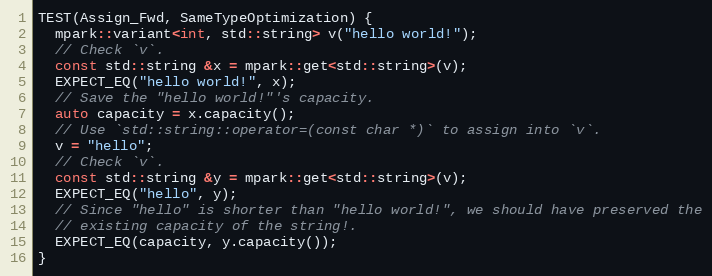
Language: C++
TEST(Assign_Fwd, SameTypeOptimization) {
  mpark::variant<int, std::string> v("hello world!");
  // Check `v`.
  const std::string &x = mpark::get<std::string>(v);
  EXPECT_EQ("hello world!", x);
  // Save the "hello world!"'s capacity.
  auto capacity = x.capacity();
  // Use `std::string::operator=(const char *)` to assign into `v`.
  v = "hello";
  // Check `v`.
  const std::string &y = mpark::get<std::string>(v);
  EXPECT_EQ("hello", y);
  // Since "hello" is shorter than "hello world!", we should have preserved the
  // existing capacity of the string!.
  EXPECT_EQ(capacity, y.capacity());
}